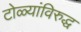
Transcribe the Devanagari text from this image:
टोळ्यांविरुद्ध